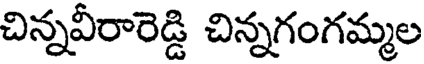
చిన్నవీరారెడ్డి చిన్నగంగమ్మల